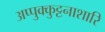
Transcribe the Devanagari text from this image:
अप्पुक्कुट्टनाशारि